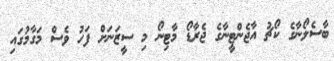
ބާސެލޯނާގެ ކޯޗު އާޖެންޓީނާގެ ޖެރާޑޯ މާޓިނޯ މި ސީޒަނަށް ފަހު ވެސް މަގާމުގައި